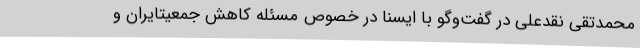
محمدتقی نقدعلی در گفت‌وگو با ایسنا در خصوص مسئله کاهش جمعیتایران و